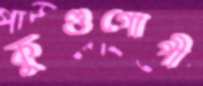
কুণ্ডগোপী